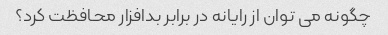
چگونه می توان از رایانه در برابر بدافزار محافظت کرد؟